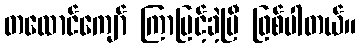
တထောင်ကျော် ကြာမြင့်ခဲ့ပြီ ဖြစ်ပါတယ်။